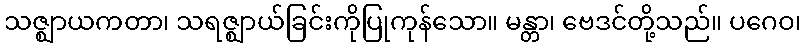
သဇ္ဈာယကတာ၊ သရဇ္ဈာယ်ခြင်းကိုပြုကုန်သော။ မန္တာ၊ ဗေဒင်တို့သည်။ ပဂေဝ၊